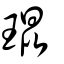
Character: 琨